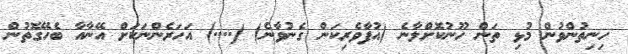
ހިނިތުންވުން މުޅި ތަން ހޫނުކޮށްލާނެ (އުފާވެރިކަން ގެނުވާނެ) (....) އަހަރެންނަކަށް އޭނާއާ ބެހޭގޮތުން